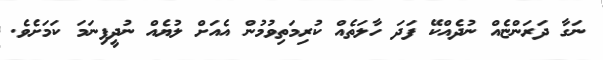
ނަގާ ދަރަންޏެއް ނުދެއްކޭ ފަދަ ހާލަތެއް ކުރިމަތިވުމުން އެއަށް ލުޔެއް ނުދީފިނަމަ ކަމަށެވެ.